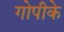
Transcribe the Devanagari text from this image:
गोपीके